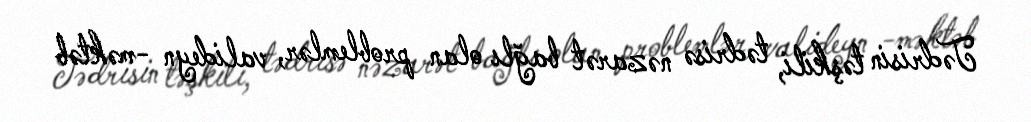
Tədrisin təşkili, tədrisə nəzarət bağlı olan problemlər, valideyn -məktəb